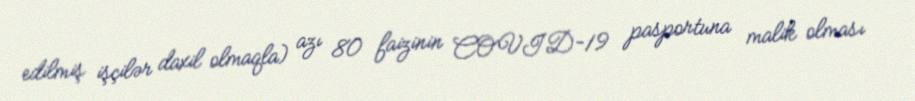
edilmiş işçilər daxil olmaqla) azı 80 faizinin COVID-19 pasportuna malik olması